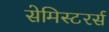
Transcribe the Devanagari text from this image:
सेमिस्टरर्स